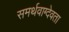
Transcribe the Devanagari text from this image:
समर्थवाग्देवता